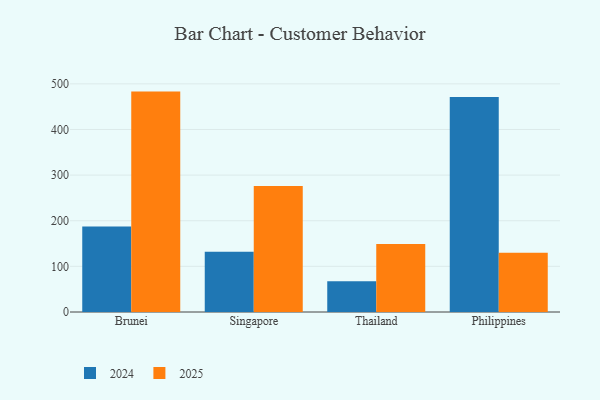
{"axis": {"x": "Country", "y": "Revenue (USD Million)"}, "legend": ["2024", "2025"], "data": [{"x": "Brunei", "y": 483.0, "type": "2025"}, {"x": "Brunei", "y": 187.1, "type": "2024"}, {"x": "Singapore", "y": 276.0, "type": "2025"}, {"x": "Singapore", "y": 131.8, "type": "2024"}, {"x": "Thailand", "y": 148.9, "type": "2025"}, {"x": "Thailand", "y": 67.5, "type": "2024"}, {"x": "Philippines", "y": 129.8, "type": "2025"}, {"x": "Philippines", "y": 471.4, "type": "2024"}]}